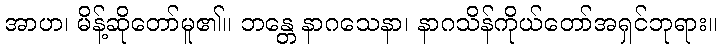
အာဟ၊ မိန့်ဆိုတော်မူ၏။ ဘန္တေ နာဂသေနာ၊ နာဂသိန်ကိုယ်တော်အရှင်ဘုရား။